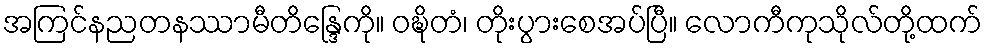
အကြင်နညတနဿာမီတိန္ဒြေကို။ ဝဍ္ဎိတံ၊ တိုးပွားစေအပ်ပြီ။ လောကီကုသိုလ်တို့ထက်